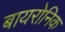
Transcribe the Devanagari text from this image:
बायरोनिक